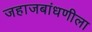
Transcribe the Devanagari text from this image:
जहाजबांधणीला